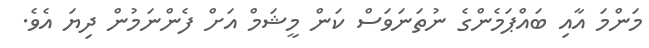
މަންމަ އާއި ބައްޕަމެންގެ ނުތަނަވަސް ކަން މީޝަމް އަށް ފެންނަމުން ދިޔަ އެވެ.